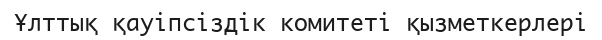
Ұлттық қауіпсіздік комитеті қызметкерлері